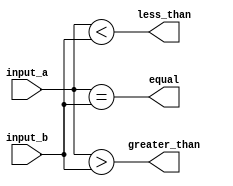
module comparator_64bit (
    input [63:0] input_a,
    input [63:0] input_b,
    output equal,
    output greater_than,
    output less_than
);

assign equal = (input_a == input_b);
assign greater_than = (input_a > input_b);
assign less_than = (input_a < input_b);

endmodule